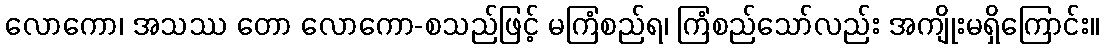
လောကော၊ အသဿ တော လောကော-စသည်ဖြင့် မကြံစည်ရ၊ ကြံစည်သော်လည်း အကျိုးမရှိကြောင်း။